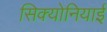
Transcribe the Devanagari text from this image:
सिक्योनियाई